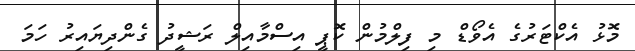
މޮޅު އެކްޓަރުގެ އެވޯޑް މި ފިލްމުން ކޮޕީ އިސްމާއިލް ރަޝީދު ގެންދިޔައިރު ހަމަ